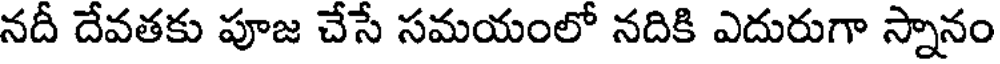
నదీ దేవతకు పూజ చేసే సమయంలో నదికి ఎదురుగా స్నానం